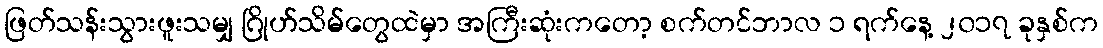
ဖြတ်သန်းသွားဖူးသမျှ ဂြိုဟ်သိမ်တွေထဲမှာ အကြီးဆုံးကတော့ စက်တင်ဘာလ ၁ ရက်နေ့ ၂၀၁၇ ခုနှစ်က